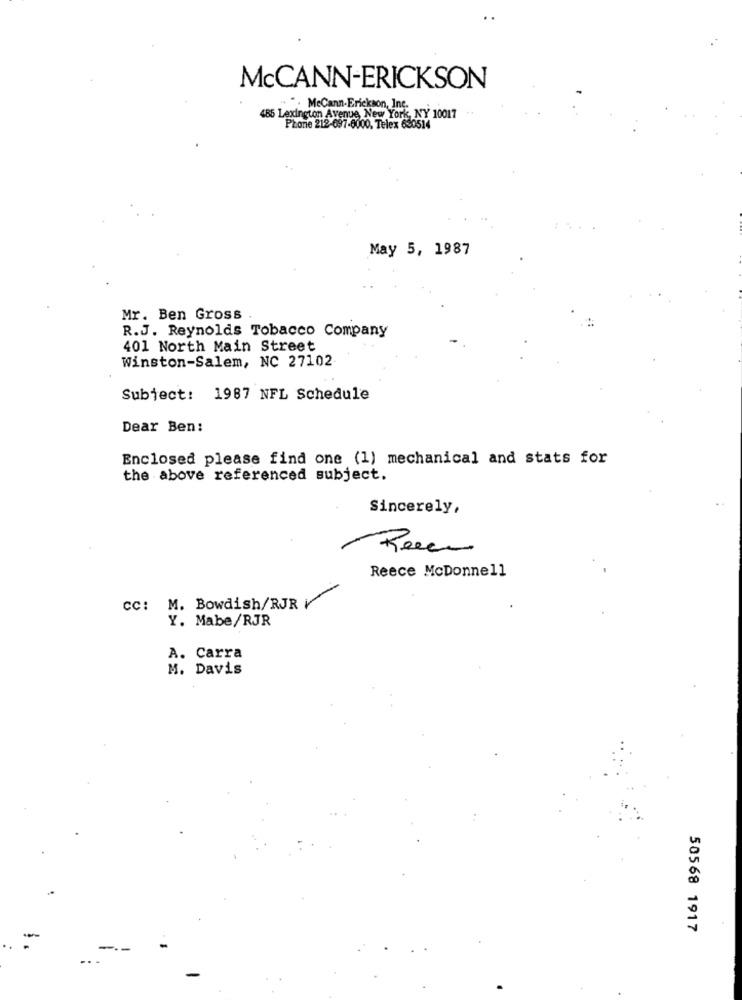
McCANN-ERICKSON
.. ". McCann-Erickson, Inc.
486 Lexington Avenue, New York, NY 10017
Phone 212-697-8000. Telex 630514
May 5, 1987
Mr. Ben Gross
R.J. Reynolds Tobacco Company
401 North Main Street
Winston-Salem, NC 27102
Subject: 1987 NFL Schedule
Dear Ben:
Enclosed please find one (1) mechanical and stats for
the above referenced subject.
Sincerely,
Reen
Reece McDonnell
CC: M. Bowdish/RJR V
Y. Mabe/RJR
A. Carra
M. Davis
50568 1917